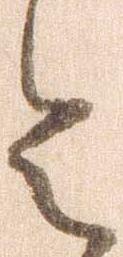
令